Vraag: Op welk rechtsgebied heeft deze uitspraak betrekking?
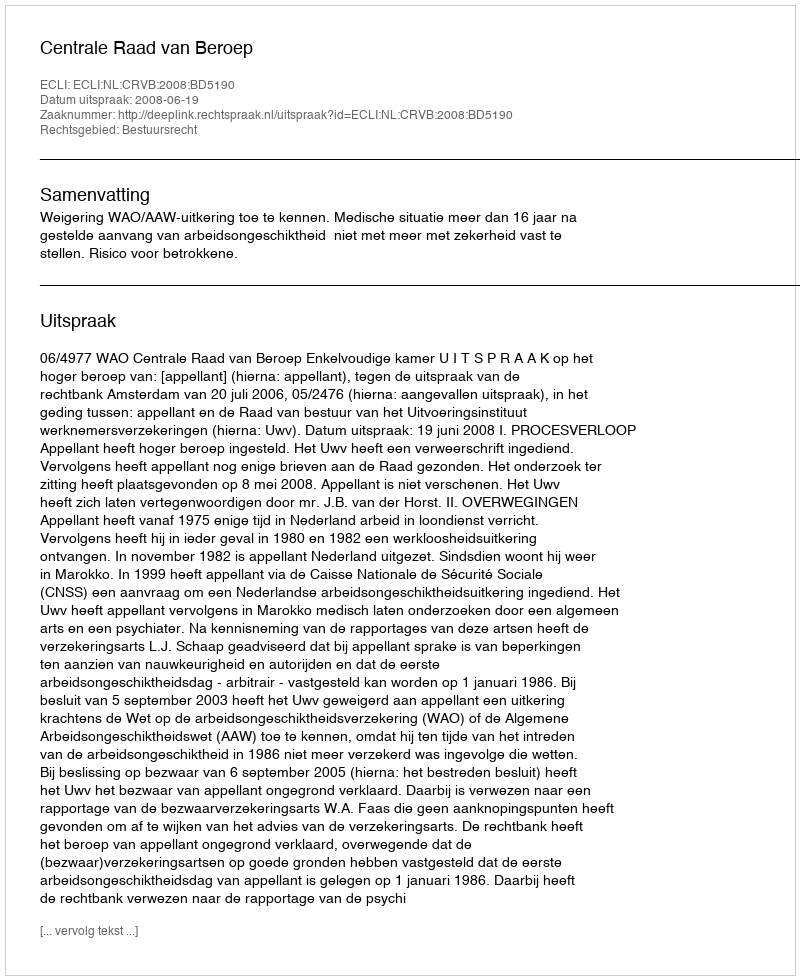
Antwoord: Bestuursrecht